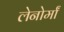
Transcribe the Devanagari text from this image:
लेनोर्मां